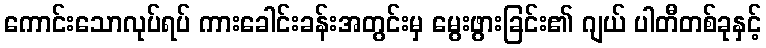
ကောင်းသောလုပ်ရပ် ကားခေါင်းခန်းအတွင်းမှ မွေးဖွားခြင်း၏ ဂျယ် ပါတီတစ်ခုနှင့်